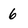
Character: 6